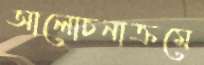
আলোচনাক্রমে